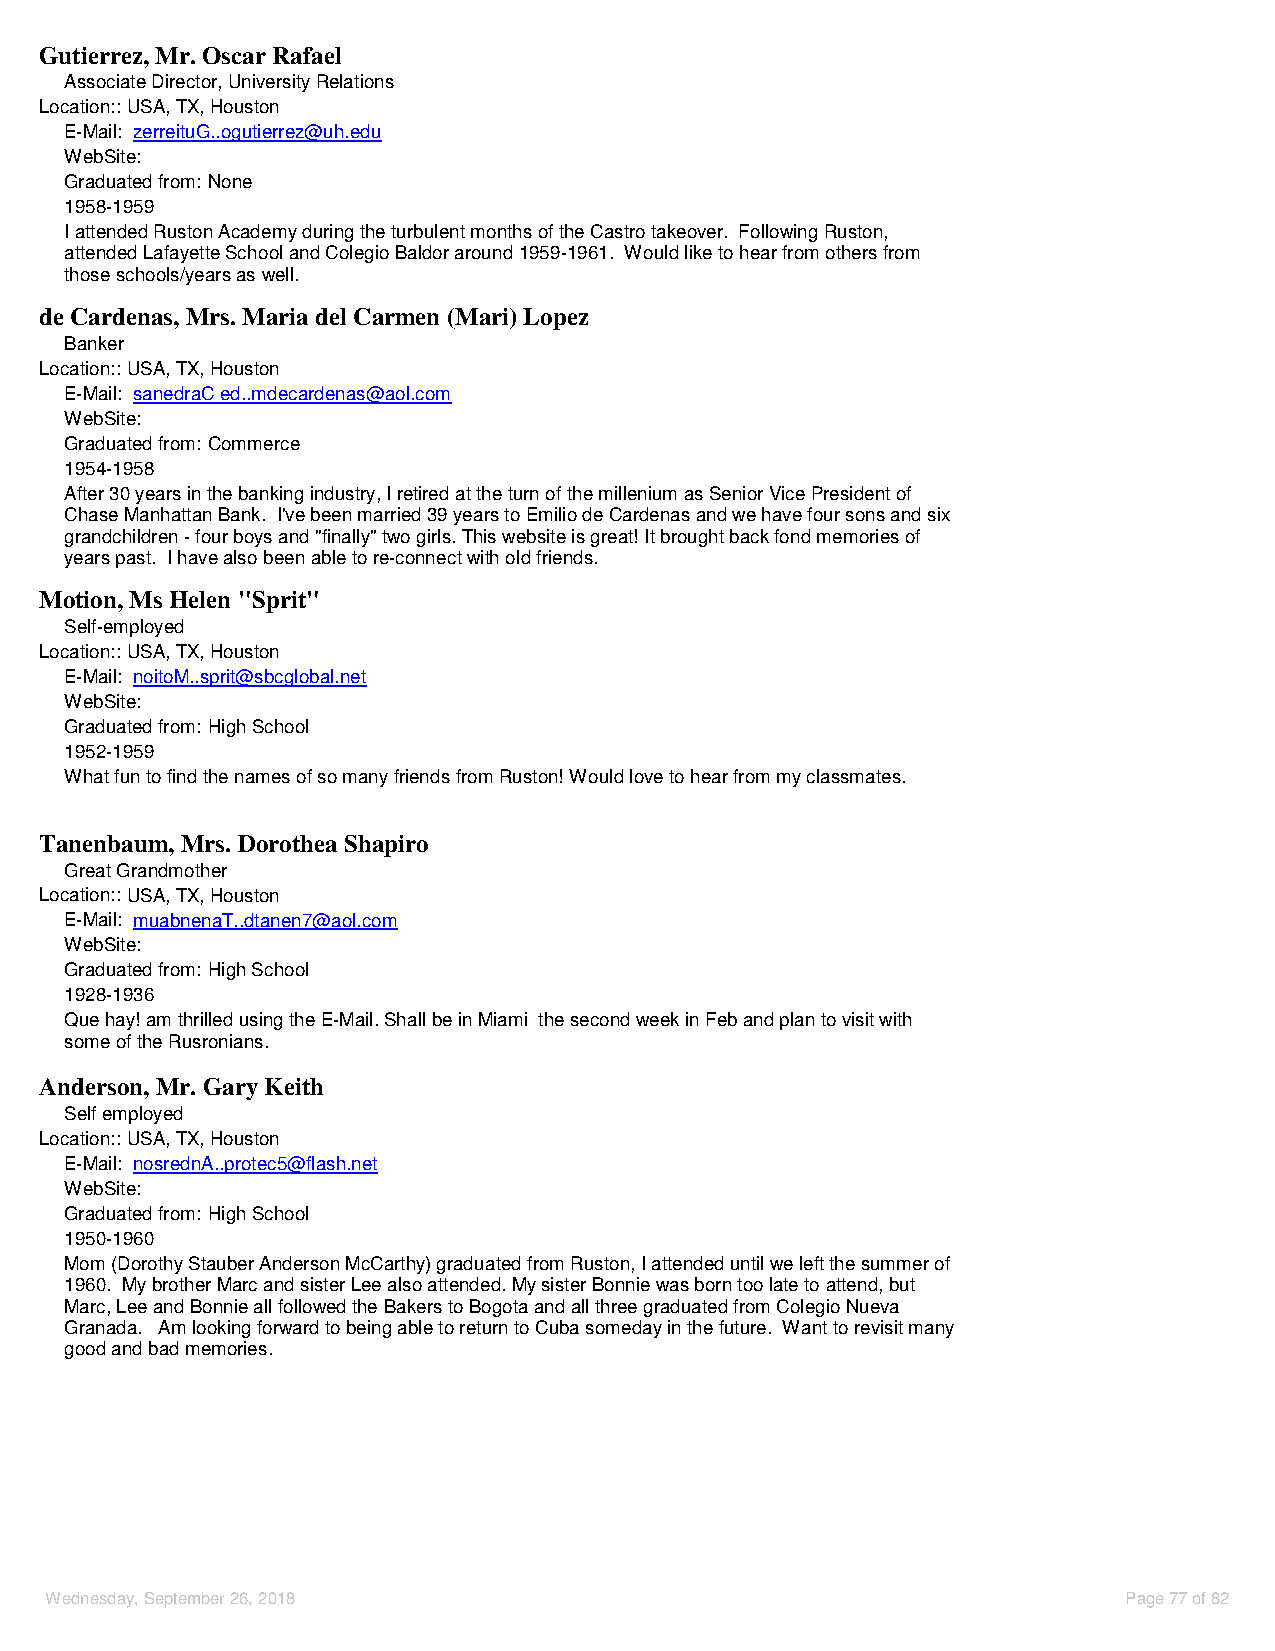
Gutierrez, Mr. Oscar Rafael
 Associate Director, University Relations
 Location::USA, TX, Houston
 E-Mail: zerreituG..ogutierrez@uh.edu
 WebSite:
 Graduated from: None
 1958-1959
 I attended Ruston Academy during the turbulent months of the Castro takeover. Following Ruston,
 attended Lafayette School and Colegio Baldor around 1959-1961. Would like to hear from others from
 those schools/years as well.
 de Cardenas, Mrs. Maria del Carmen (Mari) Lopez
 Banker
 Location::USA, TX, Houston
 E-Mail: sanedraC ed..mdecardenas@aol.com
 WebSite:
 Graduated from: Commerce
 1954-1958
 After 30 years in the banking industry, I retired at the turn of the millenium as Senior Vice President of
 Chase Manhattan Bank. I've been married 39 years to Emilio de Cardenas and we have four sons and six
 grandchildren - four boys and "finally" two girls. This website is great! It brought back fond memories of
 years past. I have also been able to re-connect with old friends.
 Motion, Ms Helen "Sprit"
 Self-employed
 Location::USA, TX, Houston
 E-Mail: noitoM..sprit@sbcglobal.net
 WebSite:
 Graduated from: High School
 1952-1959
 What fun to find the names of so many friends from Ruston! Would love to hear from my classmates.
 Tanenbaum, Mrs. Dorothea Shapiro
 Great Grandmother
 Location::USA, TX, Houston
 E-Mail: muabnenaT..dtanen7@aol.com
 WebSite:
 Graduated from: High School
 1928-1936
 Que hay! am thrilled using the E-Mail. Shall be in Miami the second week in Feb and plan to visit with
 some of the Rusronians.
 Anderson, Mr. Gary Keith
 Self employed
 Location::USA, TX, Houston
 E-Mail: nosrednA..protec5@flash.net
 WebSite:
 Graduated from: High School
 1950-1960
 Mom (Dorothy Stauber Anderson McCarthy) graduated from Ruston, I attended until we left the summer of
 1960. My brother Marc and sister Lee also attended. My sister Bonnie was born too late to attend, but
 Marc, Lee and Bonnie all followed the Bakers to Bogota and all three graduated from Colegio Nueva
 Granada. Am looking forward to being able to return to Cuba someday in the future. Want to revisit many
 good and bad memories.
 Wednesday, September 26, 2018                                           Page 77 of 82